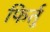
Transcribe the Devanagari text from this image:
फिर्तु